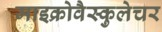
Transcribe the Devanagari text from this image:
माइक्रोवैस्कुलेचर